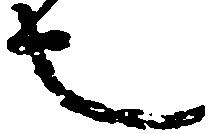
也